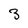
Character: 3